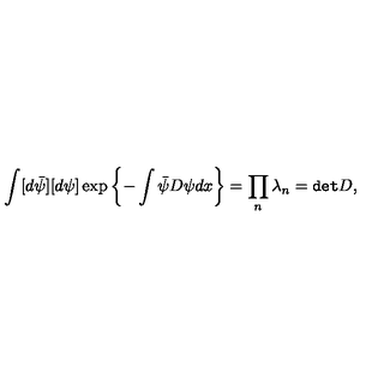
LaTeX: \int [ d \bar { \psi } ] [ d \psi ] \exp \left\{ - \int \bar { \psi } D \psi d x \right\} = \prod _ { n } \lambda _ { n } = { \tt d e t } D ,